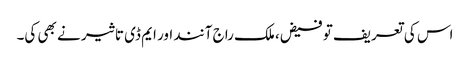
اس کی تعریف تو فیض، ملک راج آنند اور ایم ڈی تاثیر نے بھی کی۔